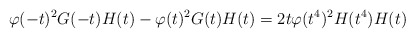
\begin{align*} \varphi(-t)^2G(-t)H(t)-\varphi(t)^2G(t)H(t) = 2t\varphi(t^4)^2H(t^4)H(t)\end{align*}